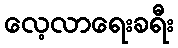
လေ့လာရေးခရီး